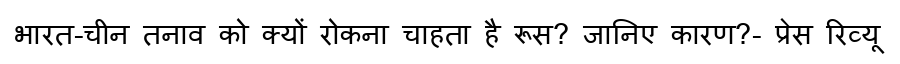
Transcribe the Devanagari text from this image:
भारत-चीन तनाव को क्यों रोकना चाहता है रूस? जानिए कारण?- प्रेस रिव्यू